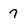
Character: 7